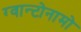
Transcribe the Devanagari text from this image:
ग्वान्टोनामो